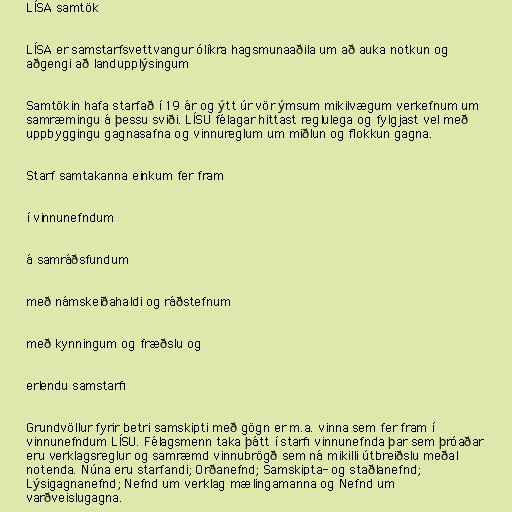
LÍSA samtök

LÍSA er samstarfsvettvangur ólíkra hagsmunaaðila um að auka notkun og
aðgengi að landupplýsingum

Samtökin hafa starfað í 19 ár og ýtt úr vör ýmsum mikilvægum verkefnum um
samræmingu á þessu sviði. LÍSU félagar hittast reglulega og fylgjast vel með
uppbyggingu gagnasafna og vinnureglum um miðlun og flokkun gagna.

Starf samtakanna einkum fer fram

í vinnunefndum

á samráðsfundum

með námskeiðahaldi og ráðstefnum

með kynningum og fræðslu og

erlendu samstarfi

Grundvöllur fyrir betri samskipti með gögn er m.a. vinna sem fer fram í
vinnunefndum LÍSU. Félagsmenn taka þátt í starfi vinnunefnda þar sem þróaðar
eru verklagsreglur og samræmd vinnubrögð sem ná mikilli útbreiðslu meðal
notenda. Núna eru starfandi; Orðanefnd; Samskipta- og staðlanefnd;
Lýsigagnanefnd; Nefnd um verklag mælingamanna og Nefnd um
varðveislugagna.